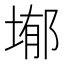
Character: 𭎺